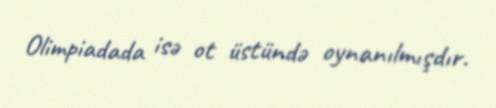
Olimpiadada isə ot üstündə oynanılmışdır.